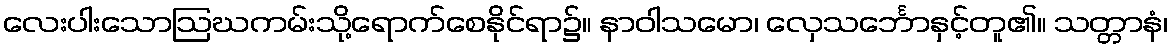
လေးပါးသောဩဃကမ်းသို့ရောက်စေနိုင်ရာ၌။ နာဝါသမော၊ လှေသင်္ဘောနှင့်တူ၏။ သတ္တာနံ၊